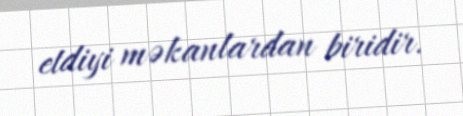
etdiyi məkanlardan biridir.